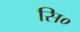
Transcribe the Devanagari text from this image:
सि०